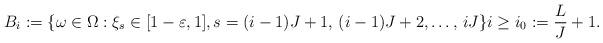
LaTeX: \begin{align*}B_i:=\{ \omega\in \Omega: \xi_s\in [1-\varepsilon, 1], s=(i-1)J+1, \, (i-1)J+2, \dots,\, iJ \} i\ge i_0:=\frac L J+1.\end{align*}